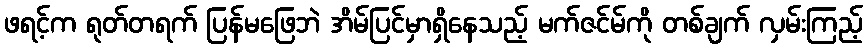
ဖရင့်က ရုတ်တရက် ပြန်မဖြေဘဲ အိမ်ပြင်မှာရှိနေသည့် မက်ဇင်မ်ကို တစ်ချက် လှမ်းကြည့်